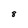
Character: 8